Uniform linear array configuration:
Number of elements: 16
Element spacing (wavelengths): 0.75
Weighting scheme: kaiser
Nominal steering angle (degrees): -60
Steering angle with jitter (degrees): -59.099
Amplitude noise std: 0.05
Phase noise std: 0.05

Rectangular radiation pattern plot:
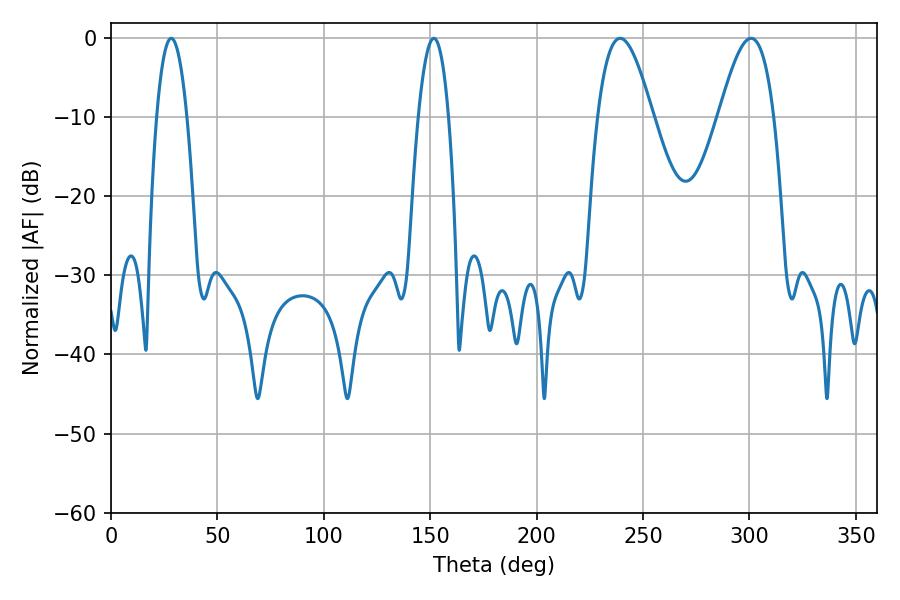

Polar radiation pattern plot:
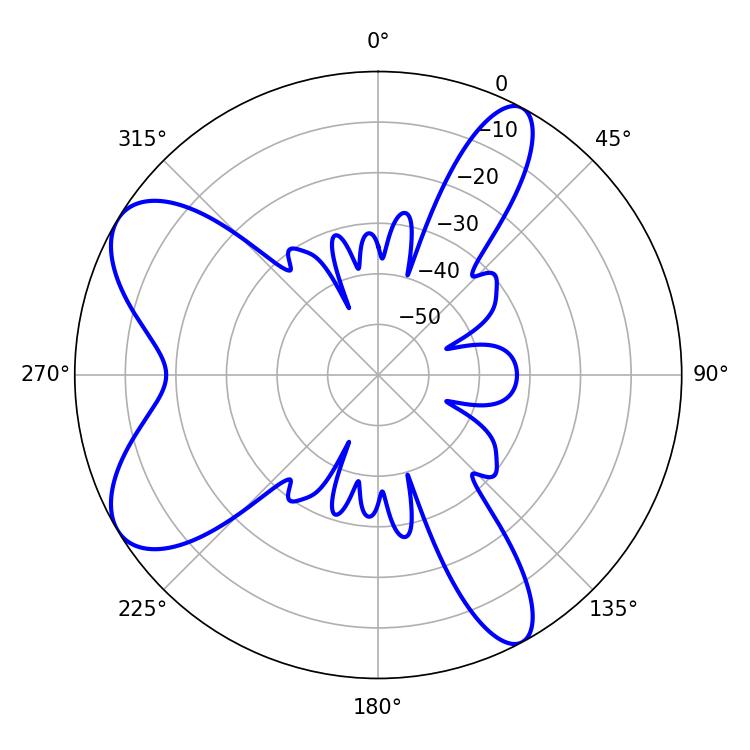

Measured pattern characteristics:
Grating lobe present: TRUE
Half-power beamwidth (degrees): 14.04
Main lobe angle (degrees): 239.22